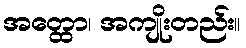
အတ္ထော၊ အကျိုးတည်း။